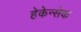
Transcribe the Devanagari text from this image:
हेकेन्सेक